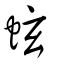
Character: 蚿